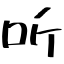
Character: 听